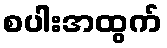
စပါးအထွက်